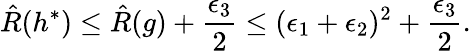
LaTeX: \hat{R}(h^{*})\leq\hat{R}(g)+\frac{\epsilon_{3}}{2}\leq(\epsilon_{1}+\epsilon_{2})^{2}+\frac{\epsilon_{3}}{2}.